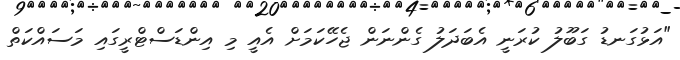
"އަޅުގަނޑު ގަބޫލު ކުރަނީ އެބަދަލު ގެންނަން ޖެހޭކަމަށް އެއީ މި އިންޑަސްޓްރީގައި މަސައްކަތް